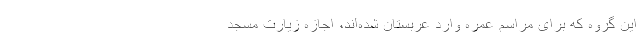
این گروه که برای مراسم عمره وارد عربستان شده‌اند، اجازه زیارت مسجد